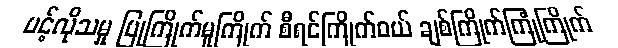
ပင့်လိုသမှု ပြုကြိုက်မူကြိုက် စီရင်ကြိုက်ဝယ် ချစ်ကြိုက်ကြုံကြိုက်